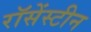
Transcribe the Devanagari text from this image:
रॉसेंस्टीन